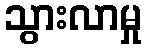
သွားလာမှု